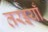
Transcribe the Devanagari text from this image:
तरइयाँ